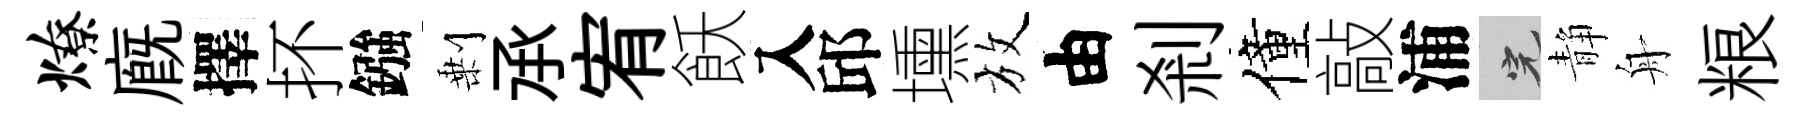
燎廐擇抔鏹剰𠄘宥飫入邱壎放由剎僮敲浦完静舟粮